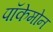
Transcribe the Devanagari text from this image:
पॉकेमोन